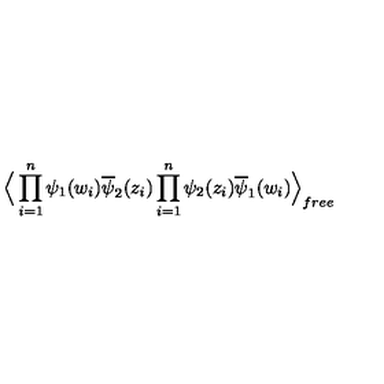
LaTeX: \Big \langle \prod _ { i = 1 } ^ { n } \psi _ { 1 } ( w _ { i } ) \overline { { \psi } } _ { 2 } ( z _ { i } ) \prod _ { i = 1 } ^ { n } \psi _ { 2 } ( z _ { i } ) \overline { { \psi } } _ { 1 } ( w _ { i } ) \Big \rangle _ { f r e e }